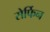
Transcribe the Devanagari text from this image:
सेर्फिन